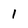
Character: 1